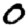
Digit: 0